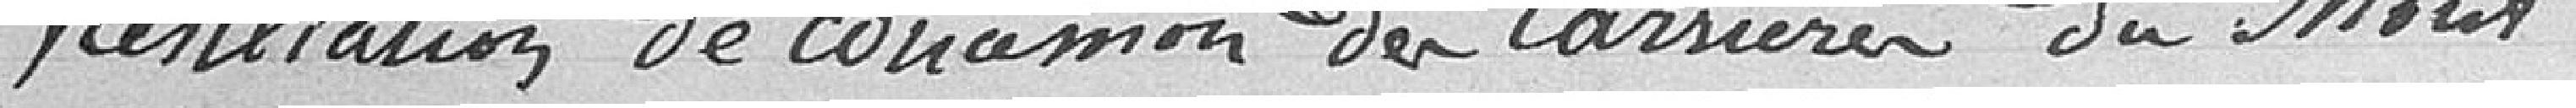
Résiliation de concession des carrières du Mont